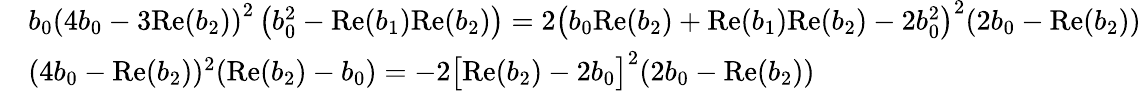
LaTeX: \begin{array}{rl}&{b_{0}\left(4b_{0}-3\mathrm{Re}(b_{2})\right)^{2}\left(b_{0}^{2}-\mathrm{Re}(b_{1})\mathrm{Re}(b_{2})\right)=2\bigl(b_{0}\mathrm{Re}(b_{2})+\mathrm{Re}(b_{1})\mathrm{Re}(b_{2})-2b_{0}^{2}\bigr)^{2}(2b_{0}-\mathrm{Re}(b_{2}))}\\ &{(4b_{0}-\mathrm{Re}(b_{2}))^{2}(\mathrm{Re}(b_{2})-b_{0})=-2\bigl[\mathrm{Re}(b_{2})-2b_{0}\bigr]^{2}(2b_{0}-\mathrm{Re}(b_{2}))}\end{array}